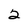
Character: 2